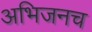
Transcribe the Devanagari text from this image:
अभिजनच